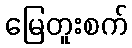
မြေတူးစက်